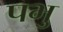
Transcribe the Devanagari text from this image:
पभु